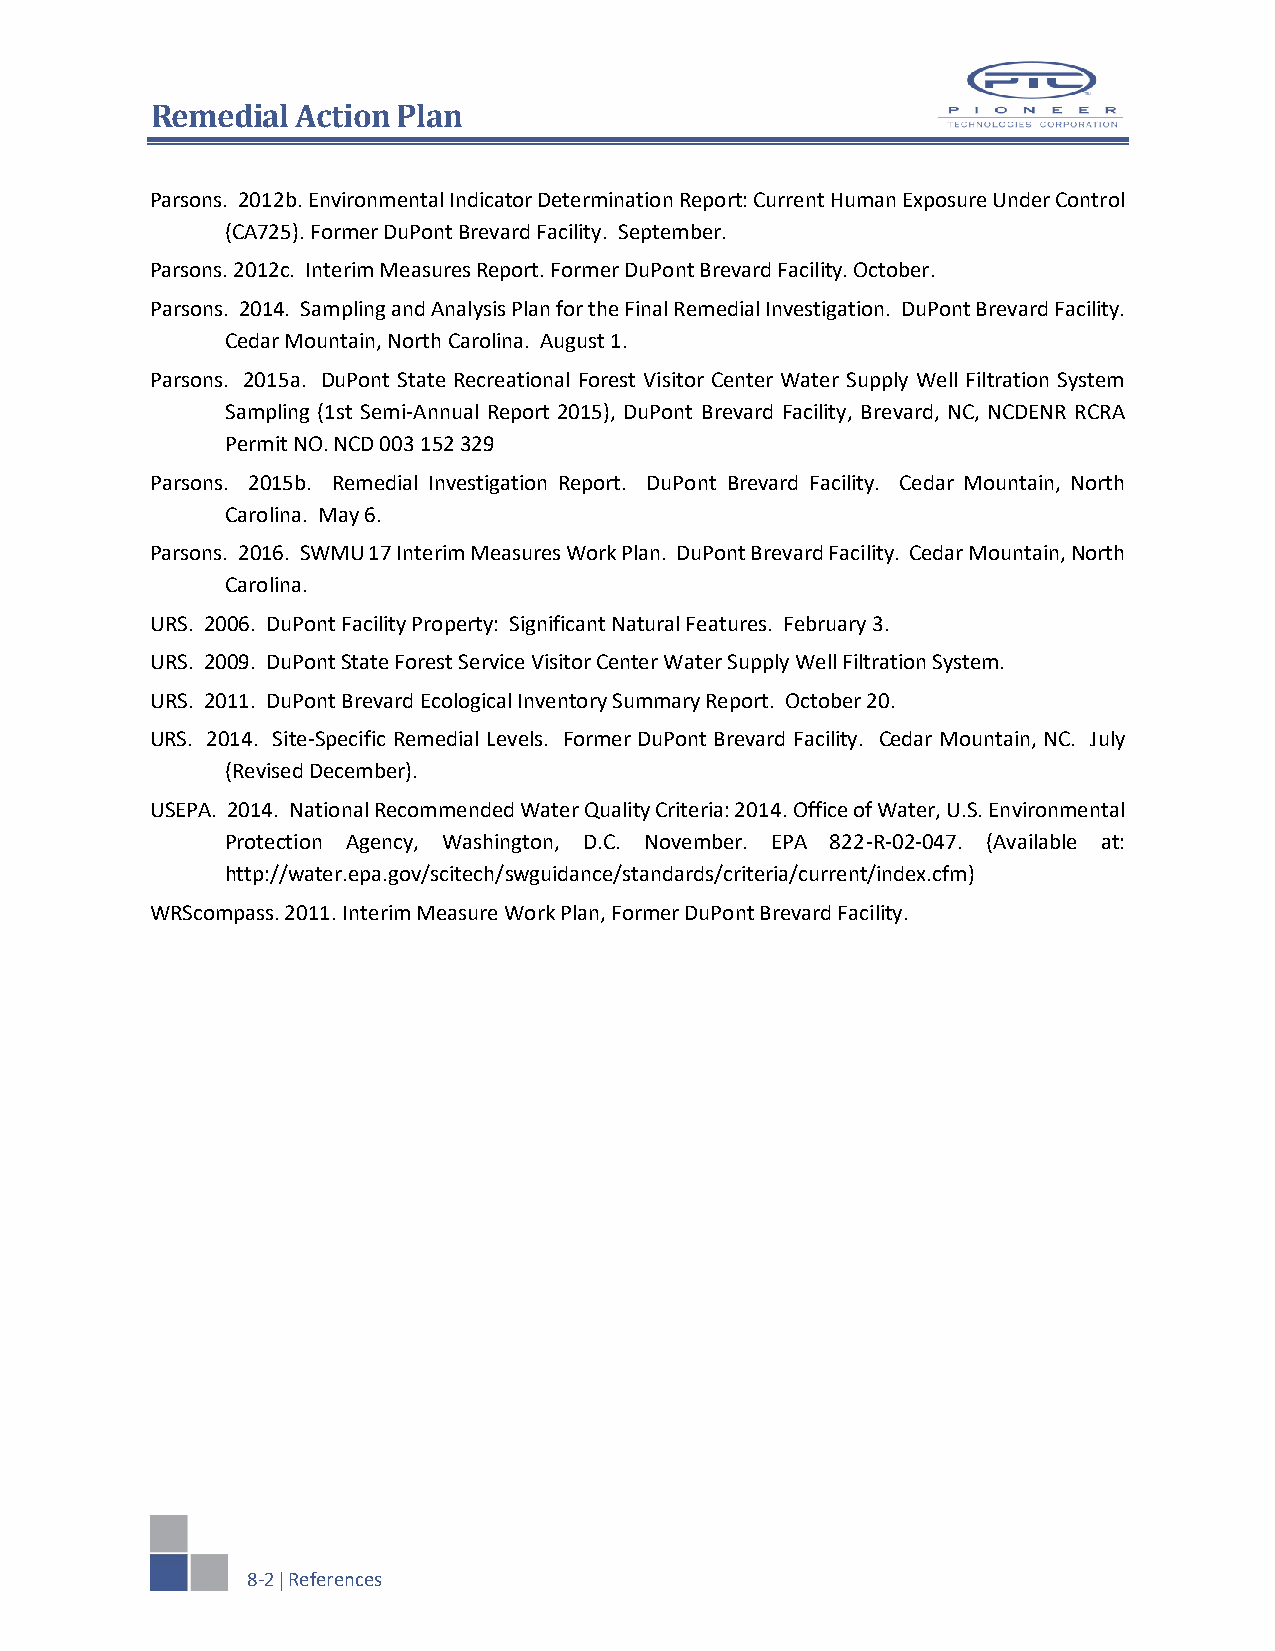
Remedial  Action Plan
 Parsons. 2012b. Environmental Indicator Determination Report: Current Human Exposure Under Control
 (CA725). Former DuPont Brevard Facility. September.
 Parsons. 2012c. Interim Measures Report. Former DuPont Brevard Facility. October.
 Parsons. 2014. Sampling and Analysis Plan for the Final Remedial Investigation. DuPont Brevard Facility.
 Cedar Mountain, North Carolina. August 1.
 Parsons. 2015a. DuPont State Recreational Forest Visitor Center Water Supply Well Filtration System
 Sampling (1st Semi-Annual Report 2015), DuPont Brevard Facility, Brevard, NC, NCDENR RCRA
 Permit NO. NCD 003 152 329
 Parsons. 2015b. Remedial Investigation Report. DuPont Brevard Facility. Cedar Mountain, North
 Carolina. May 6.
 Parsons. 2016. SWMU 17 Interim Measures Work Plan. DuPont Brevard Facility. Cedar Mountain, North
 Carolina.
 URS. 2006. DuPont Facility Property: Significant Natural Features. February 3.
 URS. 2009. DuPont State Forest Service Visitor Center Water Supply Well Filtration System.
 URS. 2011. DuPont Brevard Ecological Inventory Summary Report. October 20.
 URS. 2014. Site-Specific Remedial Levels. Former DuPont Brevard Facility. Cedar Mountain, NC. July
 (Revised December).
 USEPA. 2014. National Recommended Water Quality Criteria: 2014. Office of Water, U.S. Environmental
 Protection Agency, Washington, D.C. November. EPA 822-R-02-047. (Available at:
 http://water.epa.gov/scitech/swguidance/standards/criteria/current/index.cfm)
 WRScompass. 2011. Interim Measure Work Plan, Former DuPont Brevard Facility.
 8-2  References